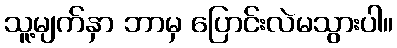
သူ့မျက်နှာ ဘာမှ ပြောင်းလဲမသွားပါ။